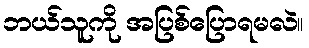
ဘယ်သူကို အပြစ်ပြောရမလဲ။